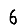
Digit: 6